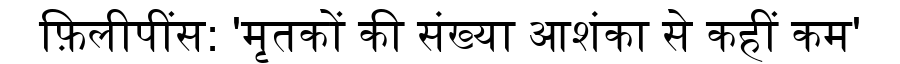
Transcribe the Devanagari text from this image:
फ़िलीपींस: 'मृतकों की संख्या आशंका से कहीं कम'